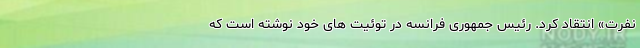
نفرت» انتقاد کرد. رئیس جمهوری فرانسه در توئیت های خود نوشته است که